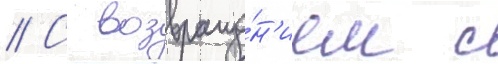
// С возвраще́н'ием с